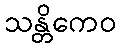
သန္တိကေဝ